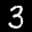
Label: 3